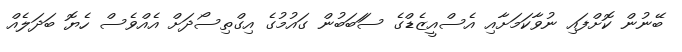
ބޭނުން ކޮށްފައި ނުވާކަމަށާއި އެސްއީޒެޑްގެ ސަަބަބުން ގައުމުގެ އިގްތިސޯދަށް އެއްވެސް ހެޔޮ ބަދަލެއް